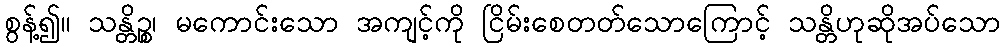
စွန့်၍။ သန္တိဉ္စ၊ မကောင်းသော အကျင့်ကို ငြိမ်းစေတတ်သောကြောင့် သန္တိဟုဆိုအပ်သော